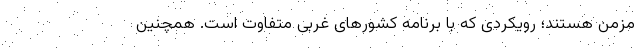
مزمن هستند؛ رویکردی که با برنامه کشورهای غربی متفاوت است. همچنین